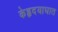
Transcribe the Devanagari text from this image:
केहृदयाघात